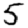
Digit: 5